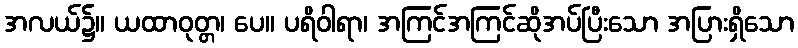
အလယ်၌။ ယထာဝုတ္တ၊ ပေ။ ပရိဝါရာ၊ အကြင်အကြင်ဆိုအပ်ပြီးသော အပြားရှိသော